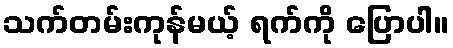
သက်တမ်းကုန်မယ့် ရက်ကို ပြောပါ။